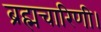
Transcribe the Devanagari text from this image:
ब्रह्मचारिणी।